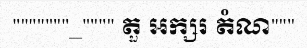
"""""""_"""" តួ អក្សរ តំណ"""